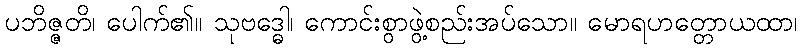
ပဘိဇ္ဇတိ၊ ပေါက်၏။ သုဗဒ္ဓေါ၊ ကောင်းစွာဖွဲ့စည်းအပ်သော။ မောရဟတ္တောယထာ၊